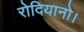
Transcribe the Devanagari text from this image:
रोदियानो।